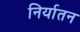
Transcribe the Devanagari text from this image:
निर्यातन